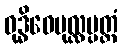
ဝုဒ္ဓိဝေပုလ္လပ္ပတ္တံ